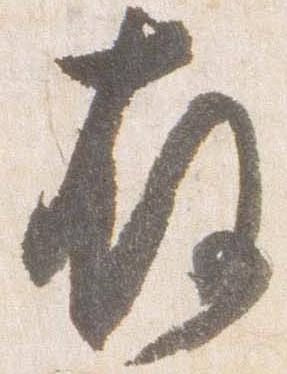
存